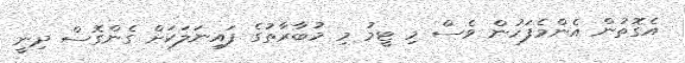
އެގޮތުން އެންމެފަހުން ވެސް މި ޓީމު މި މުބާރާތުގެ ފައިނަލަކަށް ގެންގޮސް ދިނީ